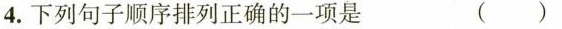
4.下列句子顺序排列正确的一项是 ( )